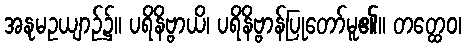
အနုမဥယျာဉ်၌။ ပရိနိဗ္ဗာယိ၊ ပရိနိဗ္ဗာန်ပြုတော်မူ၏။ တတ္ထေဝ၊